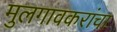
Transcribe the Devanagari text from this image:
मुलगावकरांचा